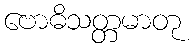
ဗောဓိသတ္တမာတု